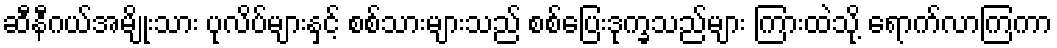
ဆီနီဂယ်အမျိုးသား ပုလိပ်များနှင့် စစ်သားများသည် စစ်ပြေးဒုက္ခသည်များ ကြားထဲသို့ ရောက်လာကြကာ